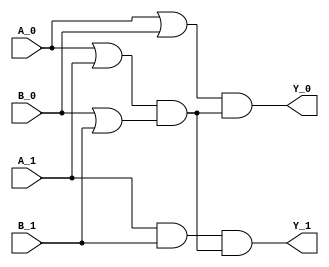

module AND_async (A_0, A_1, B_0, B_1, Y_0, Y_1);
    input  A_0, A_1, B_0, B_1;
    output Y_0, Y_1;
    wire y0, y1, c_a, c_b, C;

    or  u1 (y0, A_0, B_0);
    and u2 (y1, A_1, B_1);
    or  u3 (c_a, A_0, A_1);
    or  u4 (c_b, B_0, B_1);
    and u5 (C, c_a, c_b);
    and u6 (Y_1, y1, C);
    and u7 (Y_0, y0, C);
endmodule

module NAND_async (A_0, A_1, B_0, B_1, Y_0, Y_1);
    input  A_0, A_1, B_0, B_1;
    output Y_0, Y_1;
    wire y0, y1, c_a, c_b, C;

    or  u1 (y0, A_0, B_0);
    and u2 (y1, A_1, B_1);
    or  u3 (c_a, A_0, A_1);
    or  u4 (c_b, B_0, B_1);
    and u5 (C, c_a, c_b);
    and u6 (Y_1, y0, C);
    and u7 (Y_0, y1, C);
endmodule

module ANDB_async (AN_0, AN_1, B_0, B_1, Y_0, Y_1);
    input  AN_0, AN_1, B_0, B_1;
    output Y_0, Y_1;
    wire y0, y1, c_a, c_b, C;

    or  u1 (y0, AN_1, B_0);
    and u2 (y1, AN_0, B_1);
    or  u3 (c_a, AN_0, AN_1);
    or  u4 (c_b, B_0, B_1);
    and u5 (C, c_a, c_b);
    and u6 (Y_1, y1, C);
    and u7 (Y_0, y0, C);
endmodule

module NANDB_async (AN_0, AN_1, B_0, B_1, Y_0, Y_1);
    input  AN_0, AN_1, B_0, B_1;
    output Y_0, Y_1;
    wire y0, y1, c_a, c_b, C;

    or  u1 (y0, AN_1, B_0);
    and u2 (y1, AN_0, B_1);
    or  u3 (c_a, AN_0, AN_1);
    or  u4 (c_b, B_0, B_1);
    and u5 (C, c_a, c_b);
    and u6 (Y_1, y0, C);
    and u7 (Y_0, y1, C);
endmodule

module ANDBB_async (AN_0, AN_1, BN_0, BN_1, Y_0, Y_1);
    input  AN_0, AN_1, BN_0, BN_1;
    output Y_0, Y_1;
    wire y0, y1, c_a, c_b, C;

    or  u1 (y0, AN_1, BN_1);
    and u2 (y1, AN_0, BN_0);
    or  u3 (c_a, AN_0, AN_1);
    or  u4 (c_b, BN_0, BN_1);
    and u5 (C, c_a, c_b);
    and u6 (Y_1, y1, C);
    and u7 (Y_0, y0, C);
endmodule


module OR_async ( A_0, A_1, B_0, B_1, Y_0, Y_1);
    input   A_0;
    input   A_1;
    input   B_0;
    input   B_1;
    output  Y_0;
    output  Y_1;
    wire    onset;
    wire    offset; 
    wire    c_0;
    wire    c_1;
    wire    complete;


    //onset 
    or  or1 ( onset, A_1, B_1);    
    //offset
    and and1( offset, A_0, B_0 );
    //complete detection
    or  or2 ( c_0, A_0, A_1 );
    or  or3 ( c_1, B_0, B_1 );
    and and2( complete, c_0, c_1);
    //output
    and and3( Y_0, complete, offset );
    and and4( Y_1, complete, onset  );

    //  A  B  Y  
    //  0  0  0
    //  X  1  1
    //  1  x  1
endmodule

module ORB_async ( AN_0, AN_1, B_0, B_1, Y_0, Y_1);
    input   AN_0;
    input   AN_1;
    input   B_0;
    input   B_1;
    output  Y_0;
    output  Y_1;
    wire    onset;
    wire    offset; 
    wire    c_0;
    wire    c_1;
    wire    complete;


    //onset 
    or  or1 ( onset, AN_0, B_1);    
    //offset
    and and1( offset, AN_1, B_0 );
    //complete detection
    or  or2 ( c_0, AN_0, AN_1 );
    or  or3 ( c_1, B_0, B_1 );
    and and2( complete, c_0, c_1);
    //output
    and and3( Y_0, complete, offset );
    and and4( Y_1, complete, onset  );

    //  A  B  Y  
    //  0  0  0
    //  X  1  1
    //  1  x  1
endmodule

module ORBB_async ( AN_0, AN_1, BN_0, BN_1, Y_0, Y_1);
    input   AN_0;
    input   AN_1;
    input   BN_0;
    input   BN_1;
    output  Y_0;
    output  Y_1;
    wire    onset;
    wire    offset; 
    wire    c_0;
    wire    c_1;
    wire    complete;


    //onset 
    or  or1 ( onset, AN_0, BN_0);    
    //offset
    and and1( offset, AN_1, BN_1 );
    //complete detection
    or  or2 ( c_0, AN_0, AN_1 );
    or  or3 ( c_1, BN_0, BN_1 );
    and and2( complete, c_0, c_1);
    //output
    and and3( Y_0, complete, offset );
    and and4( Y_1, complete, onset  );

    //  A  B  Y  
    //  0  0  0
    //  X  1  1
    //  1  x  1
endmodule

module NOR_async ( A_0, A_1, B_0, B_1, Y_0, Y_1);
    input   A_0;
    input   A_1;
    input   B_0;
    input   B_1;
    output  Y_0;
    output  Y_1;
    wire    onset;
    wire    offset; 
    wire    c_0;
    wire    c_1;
    wire    complete;


    //onset 
    and and1( onset, A_0, B_0 );
    //offset
    or  or1 ( offset, A_1, B_1);   
    //complete detection
    or  or2 ( c_0, A_0, A_1 );
    or  or3 ( c_1, B_0, B_1 );
    and and2( complete, c_0, c_1);
    //output
    and and3( Y_0, complete, offset );
    and and4( Y_1, complete, onset  );

    //  A  B  Y  
    //  0  0  0
    //  X  1  1
    //  1  x  1
endmodule

module NORB_async ( AN_0, AN_1, B_0, B_1, Y_0, Y_1);
    input   AN_0;
    input   AN_1;
    input   B_0;
    input   B_1;
    output  Y_0;
    output  Y_1;
    wire    onset;
    wire    offset; 
    wire    c_0;
    wire    c_1;
    wire    complete;


    //onset 
    and and1( onset, AN_1, B_0 );
    //offset
    or  or1 ( offset, AN_0, B_1);   
    //complete detection
    or  or2 ( c_0, AN_0, AN_1 );
    or  or3 ( c_1, B_0, B_1 );
    and and2( complete, c_0, c_1);
    //output
    and and3( Y_0, complete, offset );
    and and4( Y_1, complete, onset  );

    //  A  B  Y  
    //  1  0  0
    //  X  1  1
    //  0  x  1
endmodule




module INV_async (A_0, A_1, Y_0, Y_1);
    input  A_0, A_1;
    output Y_0, Y_1;

    assign Y_0 = A_1;
    assign Y_1 = A_0;

    /*
    //onset 
    assign onset = A_0;
    //offset
    assign offset = A_1;
    //complete detection
    or complete1 ( complete, A_0, A_1);

    //output
    and and3( Y_0, complete, offset );
    and and4( Y_1, complete, onset  );
    */
    //  A  Y  
    //  0  1
    //  1  0

endmodule

module BUF_async (A_0, A_1, Y_0, Y_1);
    input  A_0, A_1;
    output Y_0, Y_1;

    wire    onset;
    wire    offset; 
    wire    c_0;
    wire    c_1;
    wire    complete;
    assign Y_0 = A_0;
    assign Y_1 = A_1;

/*
    //onset 
    assign onset = A_1;
    //offset
    assign offset = A_0;
    //complete detection
    or complete1 ( complete, A_0, A_1);

    //output
    and and3( Y_0, complete, offset );
    and and4( Y_1, complete, onset  );
*/
    //  A  Y  
    //  0  1
    //  1  0

endmodule

module XOR_async ( A_0, A_1, B_0, B_1, Y_0, Y_1);
    input   A_0;
    input   A_1;
    input   B_0;
    input   B_1;
    output  Y_0;
    output  Y_1;
/*
    assign Y_0 = ( A_0 == A_1 || B_0 == B_1 )? 1'b0 : ~(A_1 ^ B_1); 
    assign Y_1 = ( A_0 == A_1 || B_0 == B_1 )? 1'b0 : A_1 ^ B_1;
*/
    
	AND_async u1( A_0, A_1, B_1, B_0, S_0, S_1); 
    AND_async u2( A_1, A_0, B_0, B_1, T_0, T_1);
    OR_async  u3( S_0, S_1, T_0, T_1, Y_0, Y_1);
    
	
endmodule


module TBUF_async (A_0, A_1, S_0, S_1, Y_0, Y_1);
    input   A_0;
    input   A_1;
    input   S_0;
    input   S_1;
    output  Y_0;
    output  Y_1;

    reg     T_0, T_1;
    always@(*) begin
        if( S_0 != S_1 && S_1 ) begin
            T_0 = A_0;
            T_1 = A_1;
        end 
        else begin
            T_0 = 1'b0;
            T_1 = 1'b0;
        end

    end

    assign Y_0 = T_0;
    assign Y_1 = T_1;

endmodule 


////////////////////////////////////////////////////////////////////////////////

module ADDHXL_async (A_0, A_1, B_0, B_1, CO_0, CO_1, S_0, S_1);
    input  A_0, A_1, B_0, B_1;
    output CO_0, CO_1, S_0, S_1;

    AND_async u1( A_0, A_1, B_0, B_1, CO_0, CO_1 );
    XOR_async u2( A_0, A_1, B_0, B_1, S_0, S_1);


endmodule


module AND2X1_async (A_0, A_1, B_0, B_1, Y_0, Y_1);
    input A_0, A_1, B_0, B_1;
    output Y_0, Y_1;
    
    AND_async u1( A_0, A_1, B_0, B_1, Y_0, Y_1 );

endmodule

module AND2X2_async (A_0, A_1, B_0, B_1, Y_0, Y_1);
    input A_0, A_1, B_0, B_1;
    output Y_0, Y_1;
    
    AND_async u1( A_0, A_1, B_0, B_1, Y_0, Y_1 );

endmodule

module AND3X2_async (A_0, A_1, B_0, B_1, C_0, C_1, Y_0, Y_1);
    input A_0, A_1, B_0, B_1, C_0, C_1;
    output Y_0, Y_1;
    
    AND_async u1( A_0, A_1, B_0, B_1, S_0, S_1 );
    AND_async u2( S_0, S_1, C_0, C_1, Y_0, Y_1 );

endmodule

module AND3X1_async (A_0, A_1, B_0, B_1, C_0, C_1, Y_0, Y_1);
    input A_0, A_1, B_0, B_1, C_0, C_1;
    output Y_0, Y_1;
    
    AND_async u1( A_0, A_1, B_0, B_1, S_0, S_1 );
    AND_async u2( S_0, S_1, C_0, C_1, Y_0, Y_1 );

endmodule

module AND4X1_async (A_0, A_1, B_0, B_1, C_0, C_1, D_0, D_1, Y_0, Y_1);
    input A_0, A_1, B_0, B_1, C_0, C_1, D_0, D_1;
    output Y_0, Y_1;

    AND_async u1( A_0, A_1, B_0, B_1, S_0, S_1 );
    AND_async u2( C_0, C_1, D_0, D_1, T_0, T_1 );
    AND_async u3( S_0, S_1, T_0, T_1, Y_0, Y_1 );

endmodule

module AO21X1_async (A0_0, A0_1, A1_0, A1_1, B0_0, B0_1, Y_0, Y_1);
    input A0_0, A0_1, A1_0, A1_1, B0_0, B0_1;
    output Y_0, Y_1;

    AND_async u1( A0_0, A0_1, A1_0, A1_1, S_0, S_1 );
    OR_async  u2( S_0,  S_1,  B0_0, B0_1, Y_0, Y_1 );

endmodule

module AOI211X1_async (A0_0, A0_1, A1_0, A1_1, B0_0, B0_1, C0_0, C0_1, Y_0, Y_1);
    input A0_0, A0_1, A1_0, A1_1, B0_0, B0_1, C0_0, C0_1;
    output Y_0, Y_1;

    AND_async u1( A0_0, A0_1, A1_0, A1_1, S_0, S_1 );
    OR_async  u2( B0_0, B0_1, C0_0, C0_1, T_0, T_1 );
    OR_async  u3( S_0,  S_1,  T_0,  T_1,  Y_1, Y_0 );

endmodule

module AOI21X1_async (A0_0, A0_1, A1_0, A1_1, B0_0, B0_1, Y_0, Y_1);
    input A0_0, A0_1, A1_0, A1_1, B0_0, B0_1;
    output Y_0, Y_1;

    AND_async u1( A0_0, A0_1, A1_0, A1_1, S_0, S_1 );
    OR_async u2( S_0,  S_1,  B0_0, B0_1, Y_1, Y_0 );

endmodule

module AOI22X1_async (A0_0, A0_1, A1_0, A1_1, B0_0, B0_1, B1_0, B1_1, Y_0, Y_1);
    input A0_0, A0_1, A1_0, A1_1, B0_0, B0_1, B1_0, B1_1;
    output Y_0, Y_1;

    AND_async u1( A0_0, A0_1, A1_0, A1_1, S_0, S_1 );
    AND_async u2( B0_0, B0_1, B1_0, B1_1, T_0, T_1 );
    OR_async u3( S_0,  S_1,  T_0, T_1, Y_1, Y_0 );

endmodule

module AOI21XL_async (A0_0, A0_1, A1_0, A1_1, B0_0, B0_1, Y_0, Y_1);
    input A0_0, A0_1, A1_0, A1_1, B0_0, B0_1;
    output Y_0, Y_1;

    AND_async u1( A0_0, A0_1, A1_0, A1_1, S_0, S_1 );
    OR_async u2( S_0,  S_1,  B0_0, B0_1, Y_1, Y_0 );

endmodule

module AOI221XL_async (A0_0, A0_1, A1_0, A1_1, B0_0, B0_1, B1_0, B1_1, C0_0, C0_1, Y_0, Y_1);
    input A0_0, A0_1, A1_0, A1_1, B0_0, B0_1, B1_0, B1_1, C0_0, C0_1;
    output Y_0, Y_1;

    AND_async u1( A0_0, A0_1, A1_0, A1_1, S_0, S_1 );
    AND_async u2( B0_0, B0_1, B1_0, B1_1, T_0, T_1 );
    OR_async  u3( S_0,  S_1,  T_0,  T_1,  U_0, U_1 );
    OR_async u4( U_0,  U_1,  C0_0, C0_1, Y_1, Y_0 );

endmodule

module AOI222XL_async (A0_0, A0_1, A1_0, A1_1, B0_0, B0_1, B1_0, B1_1, C0_0, C0_1, C1_0, C1_1, Y_0, Y_1);
    input A0_0, A0_1, A1_0, A1_1, B0_0, B0_1, B1_0, B1_1, C0_0, C0_1, C1_0, C1_1;
    output Y_0, Y_1;

    AND_async u1( A0_0, A0_1, A1_0, A1_1, S_0, S_1 );
    AND_async u2( B0_0, B0_1, B1_0, B1_1, T_0, T_1 );
    AND_async u3( C0_0, C0_1, C1_0, C1_1, U_0, U_1 );
    OR_async  u4( S_0,  S_1,  T_0,  T_1,  W_0, W_1 );
    OR_async u5( U_0,  U_1,  W_0,  W_1,  Y_1, Y_0 );

endmodule

module AO22X1_async (A0_0, A0_1, A1_0, A1_1, B0_0, B0_1, B1_0, B1_1, Y_0, Y_1);
    input A0_0, A0_1, A1_0, A1_1, B0_0, B0_1, B1_0, B1_1;
    output Y_0, Y_1;

    AND_async u1( A0_0, A0_1, A1_0, A1_1, S_0, S_1 );
    AND_async u2( B0_0, B0_1, B1_0, B1_1, T_0, T_1 );
    OR_async  u3( S_0,  S_1,  T_0,  T_1,  Y_0, Y_1 );

endmodule

module AOI22XL_async (A0_0, A0_1, A1_0, A1_1, B0_0, B0_1, B1_0, B1_1, Y_0, Y_1);
    input A0_0, A0_1, A1_0, A1_1, B0_0, B0_1, B1_0, B1_1;
    output Y_0, Y_1;

    AND_async u1( A0_0, A0_1, A1_0, A1_1, S_0, S_1 );
    AND_async u2( B0_0, B0_1, B1_0, B1_1, T_0, T_1 );
    OR_async u3( S_0,  S_1,  T_0,  T_1,  Y_1, Y_0 );

endmodule

module AOI2B1X1_async (A0_0, A0_1, A1N_0, A1N_1, B0_0, B0_1, Y_0, Y_1);
    input   A0_0;
    input   A0_1;
    input   A1N_0;
    input   A1N_1;
    input   B0_0;
    input   B0_1;
    output  Y_0;
    output  Y_1;
    
    ANDB_async u1( A1N_0, A1N_1, A0_0, A0_1, S_0, S_1 );
    OR_async  u2( S_0,   S_1,   B0_0, B0_1, Y_1, Y_0 );
    // AOI2B1X1_async
    //  A0  A1N B0  Y  
    //  0   X   0   1
    //  X   1   0   1
    //  X   X   1   0
    //  1   0   X   0
endmodule

module AOI2BB1X1_async (A0N_0, A0N_1, A1N_0, A1N_1, B0_0, B0_1, Y_0, Y_1);
    input   A0N_0;
    input   A0N_1;
    input   A1N_0;
    input   A1N_1;
    input   B0_0;
    input   B0_1;
    output  Y_0;
    output  Y_1;

    ANDBB_async u1( A0N_0, A0N_1, A1N_0, A1N_1, S_0, S_1 );
    OR_async   u2( S_0,   S_1,   B0_0,  B0_1,  Y_1, Y_0 );

endmodule

module AOI2BB2X1_async (A0N_0, A0N_1, A1N_0, A1N_1, B0_0, B0_1, B1_0, B1_1, Y_0, Y_1);
    input   A0N_0;
    input   A0N_1;
    input   A1N_0;
    input   A1N_1;
    input   B0_0;
    input   B0_1;
    input   B1_0;
    input   B1_1;
    output  Y_0;
    output  Y_1;

    ANDBB_async u1( A0N_0, A0N_1, A1N_0, A1N_1, S_0, S_1 );
    AND_async   u2( B0_0,  B0_1,  B1_0,  B1_1,  T_0, T_1 );
    OR_async   u3( S_0,   S_1,   T_0,   T_1,   Y_1, Y_0 );

endmodule

module AOI31X1_async (A0_0, A0_1, A1_0, A1_1, A2_0, A2_1, B0_0, B0_1, Y_0, Y_1);
    input   A0_0;
    input   A0_1;
    input   A1_0;
    input   A1_1;
    input   A2_0;
    input   A2_1;
    input   B0_0;
    input   B0_1;
    output  Y_0;
    output  Y_1;

    AND_async u1 ( A0_0, A0_1, A1_0, A1_1, S_0, S_1 );
    AND_async u2 ( A2_0, A2_1, S_0,  S_1,  T_0, T_1 );
    OR_async u3 ( B0_0, B0_1, T_0,  T_1,  Y_1, Y_0 );

endmodule

module AOI32XL_async (A0_0, A0_1, A1_0, A1_1, A2_0, A2_1, B0_0, B0_1, B1_0, B1_1, Y_0, Y_1);
    input   A0_0;
    input   A0_1;
    input   A1_0;
    input   A1_1;
    input   A2_0;
    input   A2_1;
    input   B0_0;
    input   B0_1;
    input   B1_0;
    input   B1_1;
    output  Y_0;
    output  Y_1;

    AND_async u1 ( A0_0, A0_1, A1_0, A1_1, S_0, S_1 );
    AND_async u2 ( A2_0, A2_1, S_0,  S_1,  T_0, T_1 );
    AND_async u3 ( B0_0, B0_1, B1_0, B1_1, U_0, U_1 );
    OR_async u4 ( T_0,  T_1,  U_0,  U_1,  Y_1, Y_0 );

endmodule

module BUFX2_async ( A_0, A_1, Y_0, Y_1);
    input   A_0;
    input   A_1;
    output  Y_0;
    output  Y_1;

    assign Y_0 = A_0;
    assign Y_1 = A_1;

    // CLKBUFX2_async m( .AN_0(A_0), .AN_1(A_1), .B_0(B_0), .B_1(B_1), .Y_0(Y_0), .Y_1(Y_1) );
    //  A   Y  
    //  0   0
    //  1   1
endmodule

module CLKBUFX3_async ( A_0, A_1, Y_0, Y_1);
    input   A_0;
    input   A_1;
    output  Y_0;
    output  Y_1;

    assign Y_0 = A_0;
    assign Y_1 = A_1;

    // CLKBUFX2_async m( .AN_0(A_0), .AN_1(A_1), .B_0(B_0), .B_1(B_1), .Y_0(Y_0), .Y_1(Y_1) );
    //  A   Y  
    //  0   0
    //  1   1
endmodule


module CLKBUFX2_async ( A_0, A_1, Y_0, Y_1);
    input   A_0;
    input   A_1;
    output  Y_0;
    output  Y_1;

    BUF_async u1 ( A_0, A_1, Y_0, Y_1 );

    // CLKBUFX2_async m( .AN_0(A_0), .AN_1(A_1), .B_0(B_0), .B_1(B_1), .Y_0(Y_0), .Y_1(Y_1) );
    //  A   Y  
    //  0   0
    //  1   1
endmodule

module CLKINVX1_async ( A_0, A_1, Y_0, Y_1);
    input   A_0;
    input   A_1;
    output  Y_0;
    output  Y_1;

    INV_async u1( A_0, A_1, Y_0, Y_1 );

endmodule

module INVX1_async (A_0, A_1, Y_0, Y_1);
    input   A_0;
    input   A_1;
    output  Y_0;
    output  Y_1;

    INV_async u1( A_0, A_1, Y_0, Y_1 );

endmodule

module INVXL_async (A_0, A_1, Y_0, Y_1);
    input   A_0;
    input   A_1;
    output  Y_0;
    output  Y_1;

    INV_async u1( A_0, A_1, Y_0, Y_1 );

endmodule

module CLKNAND2X2_async ( A_0, A_1, B_0, B_1, Y_0, Y_1);
    input   A_0;
    input   A_1;
    input   B_0;
    input   B_1;
    output  Y_0;
    output  Y_1;
    
    AND_async u1( A_0, A_1, B_0, B_1, Y_1, Y_0 );

endmodule

module CLKXOR2X2_async (A_0, A_1, B_0, B_1, Y_0, Y_1);
    input   A_0;
    input   A_1;
    input   B_0;
    input   B_1;
    output  Y_0;
    output  Y_1;
    
    XOR_async u1( A_0, A_1, B_0, B_1, Y_0, Y_1);
/*
    OR_async   u1( A_0, A_1, B_0, B_1, S_0, S_1);
    AND_async u2( A_0, A_1, B_0, B_1, T_1, T_0);
    AND_async  u3( S_0, S_1, T_0, T_1, Y_0, Y_1);
    */

endmodule

module CLKMX2X2_async ( A_0, A_1, B_0, B_1, S0_0, S0_1, Y_0, Y_1);
    input   A_0;
    input   A_1;
    input   B_0;
    input   B_1;
    input   S0_0;
    input   S0_1;
    output  Y_0;
    output  Y_1;

    ANDB_async u1( S0_0, S0_1, A_0, A_1, T_0, T_1 );
    AND_async  u2( S0_0, S0_1, B_0, B_1, U_0, U_1 );
    OR_async   u3( T_0,  T_1,  U_0, U_1, Y_0, Y_1 );

    // MX2X1_async 
    //  S0 A  B   Y  
    //  0  0  X   0
    //  1  X  0   0
    //  0  1  X   1
    //  1  X  1   1
endmodule



module NAND2X1_async ( A_0, A_1, B_0, B_1, Y_0, Y_1 );
    input   A_0;
    input   A_1;
    input   B_0;
    input   B_1;
    output  Y_0;
    output  Y_1;
    
    AND_async u1( A_0, A_1, B_0, B_1, Y_1, Y_0 );

endmodule

module NAND2XL_async ( A_0, A_1, B_0, B_1, Y_0, Y_1 );
    input   A_0;
    input   A_1;
    input   B_0;
    input   B_1;
    output  Y_0;
    output  Y_1;
    
    AND_async u1( A_0, A_1, B_0, B_1, Y_1, Y_0 );
    
endmodule

module NAND3BX1_async ( AN_0, AN_1, B_0, B_1, C_0, C_1, Y_0, Y_1);
    input   AN_0, AN_1;
    input   B_0, B_1, C_0, C_1;
    output  Y_0;
    output  Y_1;

    AND_async u1( AN_1, AN_0, B_0, B_1, S_0, S_1 );
    AND_async u2(  S_0,  S_1, C_0, C_1, Y_1, Y_0 );
endmodule

module NAND3X1_async ( A_0, A_1, B_0, B_1, C_0, C_1, Y_0, Y_1);
    input   A_0, A_1;
    input   B_0, B_1, C_0, C_1;
    output  Y_0;
    output  Y_1;

    AND_async u1(  A_0,  A_1, B_0, B_1, S_0, S_1 );
    AND_async u2(  S_0,  S_1, C_0, C_1, Y_1, Y_0 );
endmodule

module NAND4X1_async (A_0, A_1, B_0, B_1, C_0, C_1, D_0, D_1, Y_0, Y_1);
    input   A_0;
    input   A_1;
    input   B_0;
    input   B_1;
    input   C_0;
    input   C_1;
    input   D_0;
    input   D_1;
    output  Y_0;
    output  Y_1;

    AND_async  u1( A_0, A_1, B_0, B_1, S_0, S_1 );
    AND_async  u2( C_0, C_1, D_0, D_1, T_0, T_1 );
    AND_async u3( S_0, S_1, T_0, T_1, Y_1, Y_0 );

endmodule

module NAND4BBXL_async ( AN_0, AN_1, BN_0, BN_1, C_0, C_1, D_0, D_1, Y_0, Y_1);
    input   AN_0;
    input   AN_1;
    input   BN_0;
    input   BN_1;
    input   C_0;
    input   C_1;
    input   D_0;
    input   D_1;
    output  Y_0;
    output  Y_1;

    AND_async  u1( AN_1, AN_0, BN_1, BN_0, S_0, S_1 );
    AND_async  u2( C_0, C_1, D_0, D_1, T_0, T_1 );
    AND_async  u3( S_0, S_1, T_0, T_1, Y_1, Y_0 );

endmodule


module MX2X1_async ( A_0, A_1, B_0, B_1, S0_0, S0_1, Y_0, Y_1);
    input   A_0;
    input   A_1;
    input   B_0;
    input   B_1;
    input   S0_0;
    input   S0_1;
    output  Y_0;
    output  Y_1;

    ANDB_async u1( S0_0, S0_1, A_0, A_1, T_0, T_1 );
    AND_async  u2( S0_0, S0_1, B_0, B_1, U_0, U_1 );
    OR_async   u3( T_0,  T_1,  U_0, U_1, Y_0, Y_1 );

    // MX2X1_async 
    //  S0 A  B   Y  
    //  0  0  X   0
    //  1  X  0   0
    //  0  1  X   1
    //  1  X  1   1
endmodule

module MX2XL_async (A_0, A_1, B_0, B_1, S0_0, S0_1, Y_0, Y_1);
    input   A_0;
    input   A_1;
    input   B_0;
    input   B_1;
    input   S0_0;
    input   S0_1;
    output  Y_0;
    output  Y_1;

    ANDB_async u1( S0_0, S0_1, A_0, A_1, T_0, T_1 );
    AND_async  u2( S0_0, S0_1, B_0, B_1, U_0, U_1 );
    OR_async   u3( T_0,  T_1,  U_0, U_1, Y_0, Y_1 );

endmodule

module MX4XL_async (A_0, A_1, B_0, B_1, C_0, C_1, D_0, D_1, S0_0, S0_1, S1_0, S1_1, Y_0, Y_1);
    input   A_0;
    input   A_1;
    input   B_0;
    input   B_1;
    input   C_0;
    input   C_1;
    input   D_0;
    input   D_1;
    input   S0_0;
    input   S0_1;
    input   S1_0;
    input   S1_1;
    output  Y_0;
    output  Y_1;

    ANDB_async u1( S0_0, S0_1, A_0,  A_1,  T0_0, T0_1 );
    AND_async  u2( S0_0, S0_1, B_0,  B_1,  U0_0, U0_1 );
    OR_async   u3( T0_0, T0_1, U0_0, U0_1, V0_0, V0_1 );

    ANDB_async u4( S0_0, S0_1, C_0,  C_1,  T1_0, T1_1 );
    AND_async  u5( S0_0, S0_1, D_0,  D_1,  U1_0, U1_1 );
    OR_async   u6( T1_0, T1_1, U1_0, U1_1, V1_0, V1_1 );

    ANDB_async u7( S1_0, S1_1, V0_0, V0_1, X0_0, X0_1 );
    AND_async  u8( S1_0, S1_1, V1_0, V1_1, X1_0, X1_1 );
    OR_async   u9( X0_0, X0_1, X1_0, X1_1, Y_0,  Y_1  );
    // MX4XL_async 
    //  S1 S0 A  B  C  D  Y  
    //  0  0  0  X  X  X  0
    //  0  0  1  X  X  X  1
    //  0  1  X  0  X  X  0
    //  0  1  X  1  X  X  1
    //  1  0  X  X  0  X  0
    //  1  0  X  X  1  X  1
    //  1  1  X  X  X  0  0
    //  1  1  X  X  X  1  1
endmodule

module MXI2X1_async ( A_0, A_1, B_0, B_1, S0_0, S0_1, Y_0, Y_1);
    input   A_0;
    input   A_1;
    input   B_0;
    input   B_1;
    input   S0_0;
    input   S0_1;
    output  Y_0;
    output  Y_1;
    
    ANDB_async u1( S0_0, S0_1, A_0, A_1, T_0, T_1 );
    AND_async  u2( S0_0, S0_1, B_0, B_1, U_0, U_1 );
    OR_async  u3( T_0,  T_1,  U_0, U_1, Y_1, Y_0 );

    // MXI2X1_async 
    //  S0 A  B   Y  
    //  0  0  X   1
    //  1  X  0   1
    //  0  1  X   0
    //  1  X  1   0
endmodule

module MXI2XL_async ( A_0, A_1, B_0, B_1, S0_0, S0_1, Y_0, Y_1);
    input   A_0;
    input   A_1;
    input   B_0;
    input   B_1;
    input   S0_0;
    input   S0_1;
    output  Y_0;
    output  Y_1;
    
    ANDB_async u1( S0_0, S0_1, A_0, A_1, T_0, T_1 );
    AND_async  u2( S0_0, S0_1, B_0, B_1, U_0, U_1 );
    OR_async  u3( T_0,  T_1,  U_0, U_1, Y_1, Y_0 );

endmodule

module NAND2BX1_async ( AN_0, AN_1, B_0, B_1, Y_0, Y_1);
    input   AN_0;
    input   AN_1;
    input   B_0;
    input   B_1;
    output  Y_0;
    output  Y_1;

    ANDB_async u1(AN_0, AN_1, B_0, B_1, Y_1, Y_0);

endmodule

module NAND4BX1_async ( AN_0, AN_1, B_0, B_1, C_0, C_1, D_0, D_1, Y_0, Y_1 );
    input   AN_0;
    input   AN_1;
    input   B_0;
    input   B_1;
    input   C_0;
    input   C_1;
    input   D_0;
    input   D_1;
    output  Y_0;
    output  Y_1;

    ANDB_async u1(AN_0, AN_1, B_0, B_1, S0_0, S0_1);
    AND_async  u2( C_0,  C_1, D_0, D_1, S1_0, S1_1);
    AND_async  u3( S0_0,  S0_1, S1_0, S1_1, Y_1, Y_0);
endmodule


module NOR2BX1_async ( AN_0, AN_1, B_0, B_1, Y_0, Y_1);
    input   AN_0;
    input   AN_1;
    input   B_0;
    input   B_1;
    output  Y_0;
    output  Y_1;

    ORB_async u1( AN_0, AN_1, B_0, B_1, Y_1, Y_0);

endmodule

module NOR2X1_async (A_0, A_1, B_0, B_1, Y_0, Y_1);
    input   A_0;
    input   A_1;
    input   B_0;
    input   B_1;
    output  Y_0;
    output  Y_1;

    OR_async u1( A_0, A_1, B_0, B_1, Y_1, Y_0);

endmodule

module NOR2XL_async (A_0, A_1, B_0, B_1, Y_0, Y_1);
    input   A_0;
    input   A_1;
    input   B_0;
    input   B_1;
    output  Y_0;
    output  Y_1;

    OR_async u1( A_0, A_1, B_0, B_1, Y_1, Y_0);

endmodule

module NOR3X1_async (A_0, A_1, B_0, B_1, C_0, C_1, Y_0, Y_1);
    input   A_0;
    input   A_1;
    input   B_0;
    input   B_1;
    input   C_0;
    input   C_1;
    output  Y_0;
    output  Y_1;

    OR_async  u1( A_0, A_1, B_0, B_1, S_0, S_1);
    OR_async u2( S_0, S_1, C_0, C_1, Y_1, Y_0);

endmodule

module NOR3BXL_async (AN_0, AN_1, B_0, B_1, C_0, C_1, Y_0, Y_1);
    input   AN_0;
    input   AN_1;
    input   B_0;
    input   B_1;
    input   C_0;
    input   C_1;
    output  Y_0;
    output  Y_1;

    OR_async  u1( AN_1, AN_0, B_0, B_1, S_0, S_1);
    OR_async  u2( S_0,  S_1,  C_0, C_1, Y_1, Y_0);

endmodule

module NOR4X1_async (A_0, A_1, B_0, B_1, C_0, C_1, D_0, D_1, Y_0, Y_1);
    input   A_0;
    input   A_1;
    input   B_0;
    input   B_1;
    input   C_0;
    input   C_1;
    input   D_0;
    input   D_1;
    output  Y_0;
    output  Y_1;
    
    OR_async  u1( A_0, A_1, B_0, B_1, S_0, S_1 );
    OR_async  u2( C_0, C_1, D_0, D_1, T_0, T_1 );
    OR_async u3( S_0, S_1, T_0, T_1, Y_1, Y_0);

endmodule

module NOR4BBX1_async (AN_0, AN_1, BN_0, BN_1, C_0, C_1, D_0, D_1, Y_0, Y_1);
    input   AN_0;
    input   AN_1;
    input   BN_0;
    input   BN_1;
    input   C_0;
    input   C_1;
    input   D_0;
    input   D_1;
    output  Y_0;
    output  Y_1;
    
    OR_async  u1( AN_1, AN_0, BN_1, BN_0, S_0, S_1 );
    OR_async  u2( C_0, C_1, D_0, D_1, T_0, T_1 );
    OR_async u3( S_0, S_1, T_0, T_1, Y_1, Y_0);

endmodule

module OA21XL_async (A0_0, A0_1, A1_0, A1_1, B0_0, B0_1, Y_0, Y_1);
    input   A0_0;
    input   A0_1;
    input   A1_0;
    input   A1_1;
    input   B0_0;
    input   B0_1;
    output  Y_0;
    output  Y_1;

    OR_async  u1( A0_0, A0_1, A1_0, A1_1, S_0, S_1);
    AND_async u3( S_0, S_1, B0_0, B0_1, Y_0, Y_1);


endmodule



module OA22X1_async (A0_0, A0_1, A1_0, A1_1, B0_0, B0_1, B1_0, B1_1, Y_0, Y_1);
    input   A0_0;
    input   A0_1;
    input   A1_0;
    input   A1_1;
    input   B0_0;
    input   B0_1;
    input   B1_0;
    input   B1_1;
    output  Y_0;
    output  Y_1;

    OR_async  u1( A0_0, A0_1, A1_0, A1_1, S_0, S_1);
    OR_async  u2( B0_0, B0_1, B1_0, B1_1, T_0, T_1);
    AND_async u3( S_0, S_1, T_0, T_1, Y_0, Y_1);


endmodule

module OAI211XL_async (A0_0, A0_1, A1_0, A1_1, B0_0, B0_1, C0_0, C0_1, Y_0, Y_1);
    input   A0_0;
    input   A0_1;
    input   A1_0;
    input   A1_1;
    input   B0_0;
    input   B0_1;
    input   C0_0;
    input   C0_1;
    output  Y_0;
    output  Y_1;
    wire    onset;
    wire    offset; 
    wire    c_0, c_1, c_2, c_3;
    wire    on0, off0, off1;
    wire    complete;

    OR_async   u1( A0_0, A0_1, A1_0, A1_1, S_0, S_1);
    AND_async  u2( B0_0, B0_1, C0_0, C0_1, T_0, T_1);
    AND_async u3( S_0, S_1, T_0, T_1, Y_1, Y_0);

endmodule

module OAI211X1_async (A0_0, A0_1, A1_0, A1_1, B0_0, B0_1, C0_0, C0_1, Y_0, Y_1);
    input   A0_0;
    input   A0_1;
    input   A1_0;
    input   A1_1;
    input   B0_0;
    input   B0_1;
    input   C0_0;
    input   C0_1;
    output  Y_0;
    output  Y_1;
    wire    onset;
    wire    offset; 
    wire    c_0, c_1, c_2, c_3;
    wire    on0, off0, off1;
    wire    complete;

    OR_async   u1( A0_0, A0_1, A1_0, A1_1, S_0, S_1);
    AND_async  u2( B0_0, B0_1, C0_0, C0_1, T_0, T_1);
    AND_async u3( S_0, S_1, T_0, T_1, Y_1, Y_0);

endmodule

module OAI21X1_async (A0_0, A0_1, A1_0, A1_1, B0_0, B0_1, Y_0, Y_1);
    input   A0_0;
    input   A0_1;
    input   A1_0;
    input   A1_1;
    input   B0_0;
    input   B0_1;
    output  Y_0;
    output  Y_1;

    OR_async   u1( A0_0, A0_1, A1_0, A1_1, S_0, S_1);
    AND_async u2( S_0, S_1, B0_0, B0_1, Y_1, Y_0);


endmodule

module OAI21XL_async (A0_0, A0_1, A1_0, A1_1, B0_0, B0_1, Y_0, Y_1);
    input   A0_0;
    input   A0_1;
    input   A1_0;
    input   A1_1;
    input   B0_0;
    input   B0_1;
    output  Y_0;
    output  Y_1;

    OR_async   u1( A0_0, A0_1, A1_0, A1_1, S_0, S_1);
    AND_async u2( S_0, S_1, B0_0, B0_1, Y_1, Y_0);


endmodule

module OAI21BX1_async (A0_0, A0_1, A1_0, A1_1, B0N_0, B0N_1, Y_0, Y_1);
    input   A0_0;
    input   A0_1;
    input   A1_0;
    input   A1_1;
    input   B0N_0;
    input   B0N_1;
    output  Y_0;
    output  Y_1;

    OR_async   u1( A0_0, A0_1, A1_0, A1_1, S_0, S_1);
    ANDB_async u2( B0N_0, B0N_1, S_0, S_1, Y_1, Y_0);
endmodule

module OAI221X1_async (A0_0, A0_1, A1_0, A1_1, B0_0, B0_1, B1_0, B1_1, C0_0, C0_1, Y_0, Y_1);
    input   A0_0;
    input   A0_1;
    input   A1_0;
    input   A1_1;
    input   B0_0;
    input   B0_1;
    input   B1_0;
    input   B1_1;
    input   C0_0;
    input   C0_1;
    output  Y_0;
    output  Y_1;

    OR_async   u1( A0_0, A0_1, A1_0, A1_1, S_0, S_1);
    OR_async   u2( B0_0, B0_1, B1_0, B1_1, T_0, T_1);
    AND_async  u3( S_0, S_1, T_0, T_1, U_0, U_1);
    AND_async u4( U_0, U_1, C0_0, C0_1, Y_1, Y_0);


endmodule

module OAI221XL_async (A0_0, A0_1, A1_0, A1_1, B0_0, B0_1, B1_0, B1_1, C0_0, C0_1, Y_0, Y_1);
    input   A0_0;
    input   A0_1;
    input   A1_0;
    input   A1_1;
    input   B0_0;
    input   B0_1;
    input   B1_0;
    input   B1_1;
    input   C0_0;
    input   C0_1;
    output  Y_0;
    output  Y_1;

    OR_async   u1( A0_0, A0_1, A1_0, A1_1, S_0, S_1);
    OR_async   u2( B0_0, B0_1, B1_0, B1_1, T_0, T_1);
    AND_async  u3( S_0, S_1, T_0, T_1, U_0, U_1);
    AND_async u4( U_0, U_1, C0_0, C0_1, Y_1, Y_0);
endmodule

module OAI222X1_async (A0_0, A0_1, A1_0, A1_1, B0_0, B0_1, B1_0, B1_1, C0_0, C0_1, C1_0, C1_1, Y_0, Y_1);
    input   A0_0;
    input   A0_1;
    input   A1_0;
    input   A1_1;
    input   B0_0;
    input   B0_1;
    input   B1_0;
    input   B1_1;
    input   C0_0;
    input   C0_1;
    input   C1_0;
    input   C1_1;
    output  Y_0;
    output  Y_1;
    wire    onset;
    wire    offset; 
    wire    c_0, c_1, c_2, c_3, c_4;
    wire    on0, on1, on2, off0, off1, off2, off3, off4, off5, off6, off7;
    wire    complete;

    OR_async   u1( A0_0, A0_1, A1_0, A1_1, S_0, S_1);
    OR_async   u2( B0_0, B0_1, B1_0, B1_1, T_0, T_1);
    OR_async   u3( C0_0, C0_1, C1_0, C1_1, U_0, U_1);
    AND_async  u4( S_0, S_1, T_0, T_1, W_0, W_1);
    AND_async u5( U_0, U_1, W_0, W_1, Y_1, Y_0);

endmodule

module OAI222XL_async (A0_0, A0_1, A1_0, A1_1, B0_0, B0_1, B1_0, B1_1, C0_0, C0_1, C1_0, C1_1, Y_0, Y_1);
    input   A0_0;
    input   A0_1;
    input   A1_0;
    input   A1_1;
    input   B0_0;
    input   B0_1;
    input   B1_0;
    input   B1_1;
    input   C0_0;
    input   C0_1;
    input   C1_0;
    input   C1_1;
    output  Y_0;
    output  Y_1;
    wire    onset;
    wire    offset; 
    wire    c_0, c_1, c_2, c_3, c_4;
    wire    on0, on1, on2, off0, off1, off2, off3, off4, off5, off6, off7;
    wire    complete;

    OR_async   u1( A0_0, A0_1, A1_0, A1_1, S_0, S_1);
    OR_async   u2( B0_0, B0_1, B1_0, B1_1, T_0, T_1);
    OR_async   u3( C0_0, C0_1, C1_0, C1_1, U_0, U_1);
    AND_async  u4( S_0, S_1, T_0, T_1, W_0, W_1);
    AND_async u5( U_0, U_1, W_0, W_1, Y_1, Y_0);

endmodule

module OAI22X1_async (A0_0, A0_1, A1_0, A1_1, B0_0, B0_1, B1_0, B1_1, Y_0, Y_1);
    input   A0_0;
    input   A0_1;
    input   A1_0;
    input   A1_1;
    input   B0_0;
    input   B0_1;
    input   B1_0;
    input   B1_1;
    output  Y_0;
    output  Y_1;

    OR_async   u1( A0_0, A0_1, A1_0, A1_1, S_0, S_1 );
    OR_async   u2( B0_0, B0_1, B1_0, B1_1, T_0, T_1 );
    AND_async u3( S_0, S_1, T_0, T_1, Y_1, Y_0 );


endmodule

module OAI22XL_async (A0_0, A0_1, A1_0, A1_1, B0_0, B0_1, B1_0, B1_1, Y_0, Y_1);
    input   A0_0;
    input   A0_1;
    input   A1_0;
    input   A1_1;
    input   B0_0;
    input   B0_1;
    input   B1_0;
    input   B1_1;
    output  Y_0;
    output  Y_1;

    OR_async   u1( A0_0, A0_1, A1_0, A1_1, S_0, S_1 );
    OR_async   u2( B0_0, B0_1, B1_0, B1_1, T_0, T_1 );
    AND_async u3( S_0, S_1, T_0, T_1, Y_1, Y_0 );


endmodule

module OAI2B11X1_async (A0_0, A0_1, A1N_0, A1N_1, B0_0, B0_1, C0_0, C0_1, Y_0, Y_1);
    input   A0_0;
    input   A0_1;
    input   A1N_0;
    input   A1N_1;
    input   B0_0;
    input   B0_1;
    input   C0_0;
    input   C0_1;
    output  Y_0;
    output  Y_1;

    ORB_async  u1( A1N_0, A1N_1, A0_0, A0_1, S_0, S_1);
    AND_async  u2( B0_0,  B0_1,  C0_0, C0_1, T_0, T_1);
    AND_async u3( S_0,  S_1,  T_0, T_1, Y_1, Y_0);


endmodule

module OAI2BB1X1_async (A0N_0, A0N_1, A1N_0, A1N_1, B0_0, B0_1, Y_0, Y_1);
    input   A0N_0;
    input   A0N_1;
    input   A1N_0;
    input   A1N_1;
    input   B0_0;
    input   B0_1;
    output  Y_0;
    output  Y_1;

    ORBB_async u1( A0N_0, A0N_1, A1N_0, A1N_1, S_0, S_1 );
    AND_async u2( S_0, S_1, B0_0, B0_1, Y_1, Y_0 );


endmodule

module OAI2B2X1_async (A0_0, A0_1, A1N_0, A1N_1, B0_0, B0_1, B1_0, B1_1, Y_0, Y_1);
    input   A0_0;
    input   A0_1;
    input   A1N_0;
    input   A1N_1;
    input   B0_0;
    input   B0_1;
    input   B1_0;
    input   B1_1;
    output  Y_0;
    output  Y_1;

    ORB_async  u1( A1N_0, A1N_1, A0_0, A0_1, S_0, S_1);
    OR_async   u2( B0_0,  B0_1,  B1_0,  B1_1,  T_0, T_1);
    AND_async u3( S_0,  S_1,  T_0,  T_1,  Y_1, Y_0);

endmodule

module OAI2B2XL_async (A0_0, A0_1, A1N_0, A1N_1, B0_0, B0_1, B1_0, B1_1, Y_0, Y_1);
    input   A0_0;
    input   A0_1;
    input   A1N_0;
    input   A1N_1;
    input   B0_0;
    input   B0_1;
    input   B1_0;
    input   B1_1;
    output  Y_0;
    output  Y_1;

    ORB_async  u1( A1N_0, A1N_1, A0_0, A0_1, S_0, S_1);
    OR_async   u2( B0_0,  B0_1,  B1_0,  B1_1,  T_0, T_1);
    AND_async u3( S_0,  S_1,  T_0,  T_1,  Y_1, Y_0);

endmodule

module OAI2BB2X1_async (A0N_0, A0N_1, A1N_0, A1N_1, B0_0, B0_1, B1_0, B1_1, Y_0, Y_1);
    input   A0N_0;
    input   A0N_1;
    input   A1N_0;
    input   A1N_1;
    input   B0_0;
    input   B0_1;
    input   B1_0;
    input   B1_1;
    output  Y_0;
    output  Y_1;

    ORBB_async u1( A0N_0, A0N_1, A1N_0, A1N_1, S_0, S_1);
    OR_async   u2( B0_0,  B0_1,  B1_0,  B1_1,  T_0, T_1);
    AND_async u3( S_0,  S_1,  T_0,  T_1,  Y_1, Y_0);


endmodule

module OAI2BB2XL_async (A0N_0, A0N_1, A1N_0, A1N_1, B0_0, B0_1, B1_0, B1_1, Y_0, Y_1);
    input   A0N_0;
    input   A0N_1;
    input   A1N_0;
    input   A1N_1;
    input   B0_0;
    input   B0_1;
    input   B1_0;
    input   B1_1;
    output  Y_0;
    output  Y_1;

    ORBB_async u1( A0N_0, A0N_1, A1N_0, A1N_1, S_0, S_1);
    OR_async   u2( B0_0,  B0_1,  B1_0,  B1_1,  T_0, T_1);
    AND_async u3( S_0,  S_1,  T_0,  T_1,  Y_1, Y_0);


endmodule

module OAI31X1_async (A0_0, A0_1, A1_0, A1_1, A2_0, A2_1, B0_0, B0_1, Y_0, Y_1);
    input   A0_0;
    input   A0_1;
    input   A1_0;
    input   A1_1;
    input   A2_0;
    input   A2_1;
    input   B0_0;
    input   B0_1;
    output  Y_0;
    output  Y_1;

    OR_async   u1( A0_0, A0_1, A1_0, A1_1, S_0, S_1);
    OR_async   u2( A2_0, A2_1, S_0,  S_1,  T_0, T_1);
    AND_async u3( B0_0, B0_1, T_0,  T_1,  Y_1, Y_0);

endmodule

module OAI31XL_async (A0_0, A0_1, A1_0, A1_1, A2_0, A2_1, B0_0, B0_1, Y_0, Y_1);
    input   A0_0;
    input   A0_1;
    input   A1_0;
    input   A1_1;
    input   A2_0;
    input   A2_1;
    input   B0_0;
    input   B0_1;
    output  Y_0;
    output  Y_1;

    OR_async   u1( A0_0, A0_1, A1_0, A1_1, S_0, S_1);
    OR_async   u2( A2_0, A2_1, S_0,  S_1,  T_0, T_1);
    AND_async u3( B0_0, B0_1, T_0,  T_1,  Y_1, Y_0);

endmodule

module OAI32X1_async (A0_0, A0_1, A1_0, A1_1, A2_0, A2_1, B0_0, B0_1, B1_0, B1_1, Y_0, Y_1);
    input   A0_0;
    input   A0_1;
    input   A1_0;
    input   A1_1;
    input   A2_0;
    input   A2_1;
    input   B0_0;
    input   B0_1;
    input   B1_0;
    input   B1_1;
    output  Y_0;
    output  Y_1;

    OR_async   u1( A0_0, A0_1, A1_0, A1_1, S_0, S_1);
    OR_async   u2( A2_0, A2_1, S_0,  S_1,  T_0, T_1);
    OR_async   u3( B0_0, B0_1, B1_0, B1_1, U_0, U_1);
    AND_async u4( U_0, U_1, T_0,  T_1,  Y_1, Y_0);

endmodule

module OAI32XL_async (A0_0, A0_1, A1_0, A1_1, A2_0, A2_1, B0_0, B0_1, B1_0, B1_1, Y_0, Y_1);
    input   A0_0;
    input   A0_1;
    input   A1_0;
    input   A1_1;
    input   A2_0;
    input   A2_1;
    input   B0_0;
    input   B0_1;
    input   B1_0;
    input   B1_1;
    output  Y_0;
    output  Y_1;

    OR_async   u1( A0_0, A0_1, A1_0, A1_1, S_0, S_1);
    OR_async   u2( A2_0, A2_1, S_0,  S_1,  T_0, T_1);
    OR_async   u3( B0_0, B0_1, B1_0, B1_1, U_0, U_1);
    AND_async u4( U_0, U_1, T_0,  T_1,  Y_1, Y_0);

endmodule

module OAI33X1_async (A0_0, A0_1, A1_0, A1_1, A2_0, A2_1, B0_0, B0_1, B1_0, B1_1, B2_0, B2_1, Y_0, Y_1);
    input   A0_0;
    input   A0_1;
    input   A1_0;
    input   A1_1;
    input   A2_0;
    input   A2_1;
    input   B0_0;
    input   B0_1;
    input   B1_0;
    input   B1_1;
    input   B2_0;
    input   B2_1;
    output  Y_0;
    output  Y_1;

    OR_async   u1( A0_0, A0_1, A1_0, A1_1, S_0, S_1);
    OR_async   u2( A2_0, A2_1, S_0,  S_1,  T_0, T_1);
    OR_async   u3( B0_0, B0_1, B1_0, B1_1, U_0, U_1);
    OR_async   u4( B2_0, B2_1, U_0,  U_1,  V_0, V_1);
    AND_async u5( T_0,  T_1,  V_0,  V_1,  Y_1, Y_0);

endmodule

module OR2X1_async (A_0, A_1, B_0, B_1, Y_0, Y_1);
    input   A_0;
    input   A_1;
    input   B_0;
    input   B_1;
    output  Y_0;
    output  Y_1;
    wire    onset;
    wire    offset; 
    wire    c_0;
    wire    c_1;
    wire    complete;


    OR_async u1( A_0, A_1, B_0, B_1, Y_0, Y_1);

endmodule

module OR4X1_async (A_0, A_1, B_0, B_1, C_0, C_1, D_0, D_1, Y_0, Y_1);
    input   A_0;
    input   A_1;
    input   B_0;
    input   B_1;
    input   C_0;
    input   C_1;
    input   D_0;
    input   D_1;
    output  Y_0;
    output  Y_1;
    
    OR_async  u1( A_0, A_1, B_0, B_1, S_0, S_1 );
    OR_async  u2( C_0, C_1, D_0, D_1, T_0, T_1 );
    OR_async u3( S_0, S_1, T_0, T_1, Y_0, Y_1);

endmodule

module XOR2X1_async (A_0, A_1, B_0, B_1, Y_0, Y_1);
    input   A_0;
    input   A_1;
    input   B_0;
    input   B_1;
    output  Y_0;
    output  Y_1;

    XOR_async u1( A_0, A_1, B_0, B_1, Y_0, Y_1);
    
    /*
    OR_async   u1( A_0, A_1, B_0, B_1, S_0, S_1);
    AND_async u2( A_0, A_1, B_0, B_1, T_1, T_0);
    AND_async  u3( S_0, S_1, T_0, T_1, Y_0, Y_1);
    */

    // XOR2X1_async m( .A_0(A_0), .A_1(A_1), .B_0(B_0), .B_1(B_1), .Y_0(Y_0), .Y_1(Y_1) );
    //  A  B  Y  
    //  0  0  0
    //  0  1  1
    //  1  0  1
    //  1  1  0
endmodule

module XOR2XL_async (A_0, A_1, B_0, B_1, Y_0, Y_1);
    input   A_0;
    input   A_1;
    input   B_0;
    input   B_1;
    output  Y_0;
    output  Y_1;
    XOR_async u1( A_0, A_1, B_0, B_1, Y_0, Y_1);
    
    /*
    OR_async   u1( A_0, A_1, B_0, B_1, S_0, S_1);
    AND_async u2( A_0, A_1, B_0, B_1, T_1, T_0);
    AND_async  u3( S_0, S_1, T_0, T_1, Y_0, Y_1);
    */
endmodule

module XNOR2X1_async (A_0, A_1, B_0, B_1, Y_0, Y_1);
    input   A_0;
    input   A_1;
    input   B_0;
    input   B_1;
    output  Y_0;
    output  Y_1;

    XOR_async u1( A_0, A_1, B_0, B_1, Y_1, Y_0);

endmodule